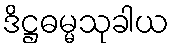
ဒိဋ္ဌဓမ္မသုခါယ